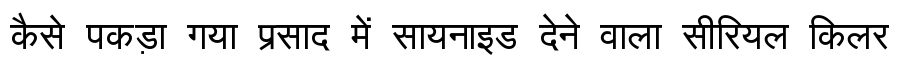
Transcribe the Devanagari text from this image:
कैसे पकड़ा गया प्रसाद में सायनाइड देने वाला सीरियल किलर